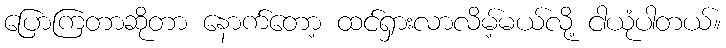
ပြောကြတာဆိုတာ နောက်တော့ ထင်ရှားလာလိမ့်မယ်လို့ ငါယုံပါတယ်။